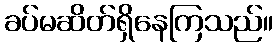
ခပ်မဆိတ်ရှိနေကြသည်။